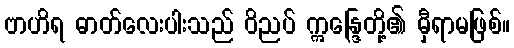
ဗာဟိရ ဓာတ်လေးပါးသည် ဝိညပ် ဣန္ဒြေတို့၏ မှီရာမဖြစ်။